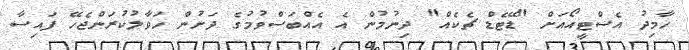
ހާމިދު އެސްޓީއޯއަށް "ޑޭޓެޑް ޗެކެއް" ދިނުމުން އެ އެއްބަސްވުމުގެ ދަށުން ހަވާލުކުރަންޖެހޭ ފައިސާ